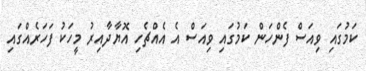
ކަމުގައި ވިއަސް ފެންހަން ކަމުގައި ވިއަސް އެ އެއްޗެހި އޮޔާދާއިރު މީހަކު ފަހަރެއްގައި